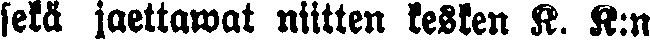
sekä jaettawat niitten kesken K. K:n